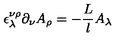
\epsilon _ { \lambda } ^ { \nu \rho } \partial _ { \nu } A _ { \rho } = - \frac { L } l A _ { \lambda }